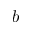
b